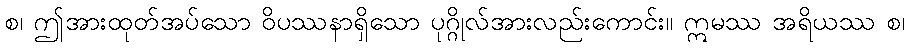
စ၊ ဤအားထုတ်အပ်သော ဝိပဿနာရှိသော ပုဂ္ဂိုလ်အားလည်းကောင်း။ ဣမဿ အရိယဿ စ၊